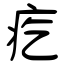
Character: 疙